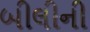
બીલીની